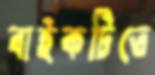
বাইকটিতে